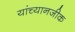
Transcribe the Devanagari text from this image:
यांच्यानजीक